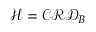
{ \mathcal { H } } = \mathcal { C } \mathcal { R } \mathcal { D } _ { B }